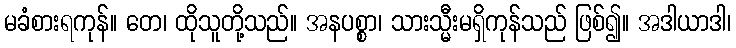
မခံစားရကုန်။ တေ၊ ထိုသူတို့သည်။ အနပစ္စာ၊ သားသ္မီးမရှိကုန်သည် ဖြစ်၍။ အဒါယာဒါ၊